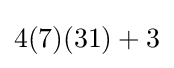
4(7)(31)+3